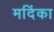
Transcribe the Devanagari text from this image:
मदिंका